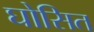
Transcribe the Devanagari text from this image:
घोसित